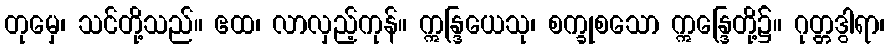
တုမှေ၊ သင်တို့သည်။ ဧထ၊ လာလှည့်ကုန်။ ဣန္ဒြယေသု၊ စက္ခုစသော ဣန္ဒြေတို့၌။ ဂုတ္တဒွါရာ၊